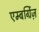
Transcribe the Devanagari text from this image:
एम्बर्ग्रिज़